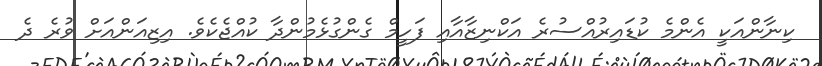
ކިނާންއަކީ އެންމެ ކުޑައިރުއްސުރެ އަކްނިޒާއާއި ފަހީމް ގެންގުޅެމުންދާ ކުއްޖެކެވެ. އިޒިއަންއަށް ވުރެ ދެ